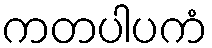
ကတပါပကံ